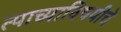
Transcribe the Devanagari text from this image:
त्याच्याविषयीचे